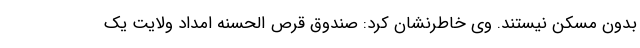
بدون مسکن نیستند. وی خاطرنشان کرد: صندوق قرص الحسنه امداد ولایت یک